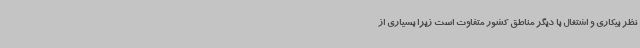
نظر بیکاری و اشتغال با دیگر مناطق کشور متفاوت است زیرا بسیاری از